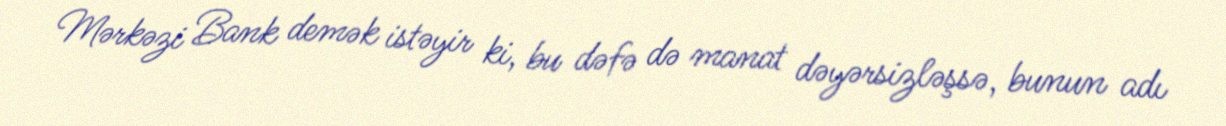
Mərkəzi Bank demək istəyir ki, bu dəfə də manat dəyərsizləşsə, bunun adı